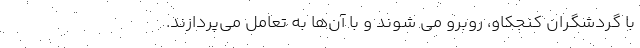
با گردشگران کنجکاو، روبرو می شوند و با آن‌ها به تعامل می‌پردازند.